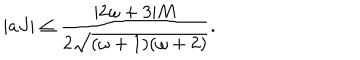
| a J | \leq \frac { | 2 \omega + 3 | M } { 2 \sqrt { ( \omega + 1 ) ( \omega + 2 ) } } .